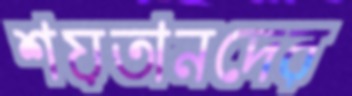
শয়তানদের